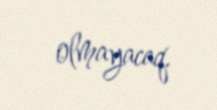
olmayacaq.